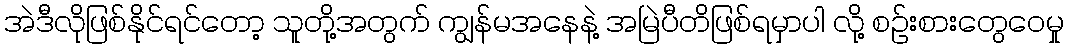
အဲဒီလိုဖြစ်နိုင်ရင်တော့ သူတို့အတွက် ကျွန်မအနေနဲ့ အမြဲပီတိဖြစ်ရမှာပါ လို့ စဉ်းစားတွေဝေမှု